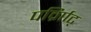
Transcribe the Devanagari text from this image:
पर्व्राािट्